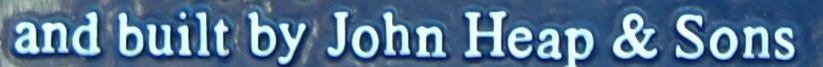
and built by John Heap & Sons